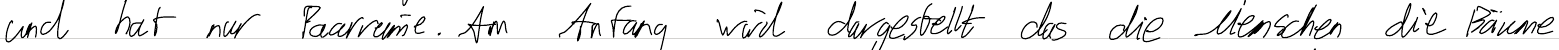
und hat nur Paarreime. Am Anfang wird dargestellt das die Menschen die Bäume